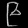
Digit: ၉